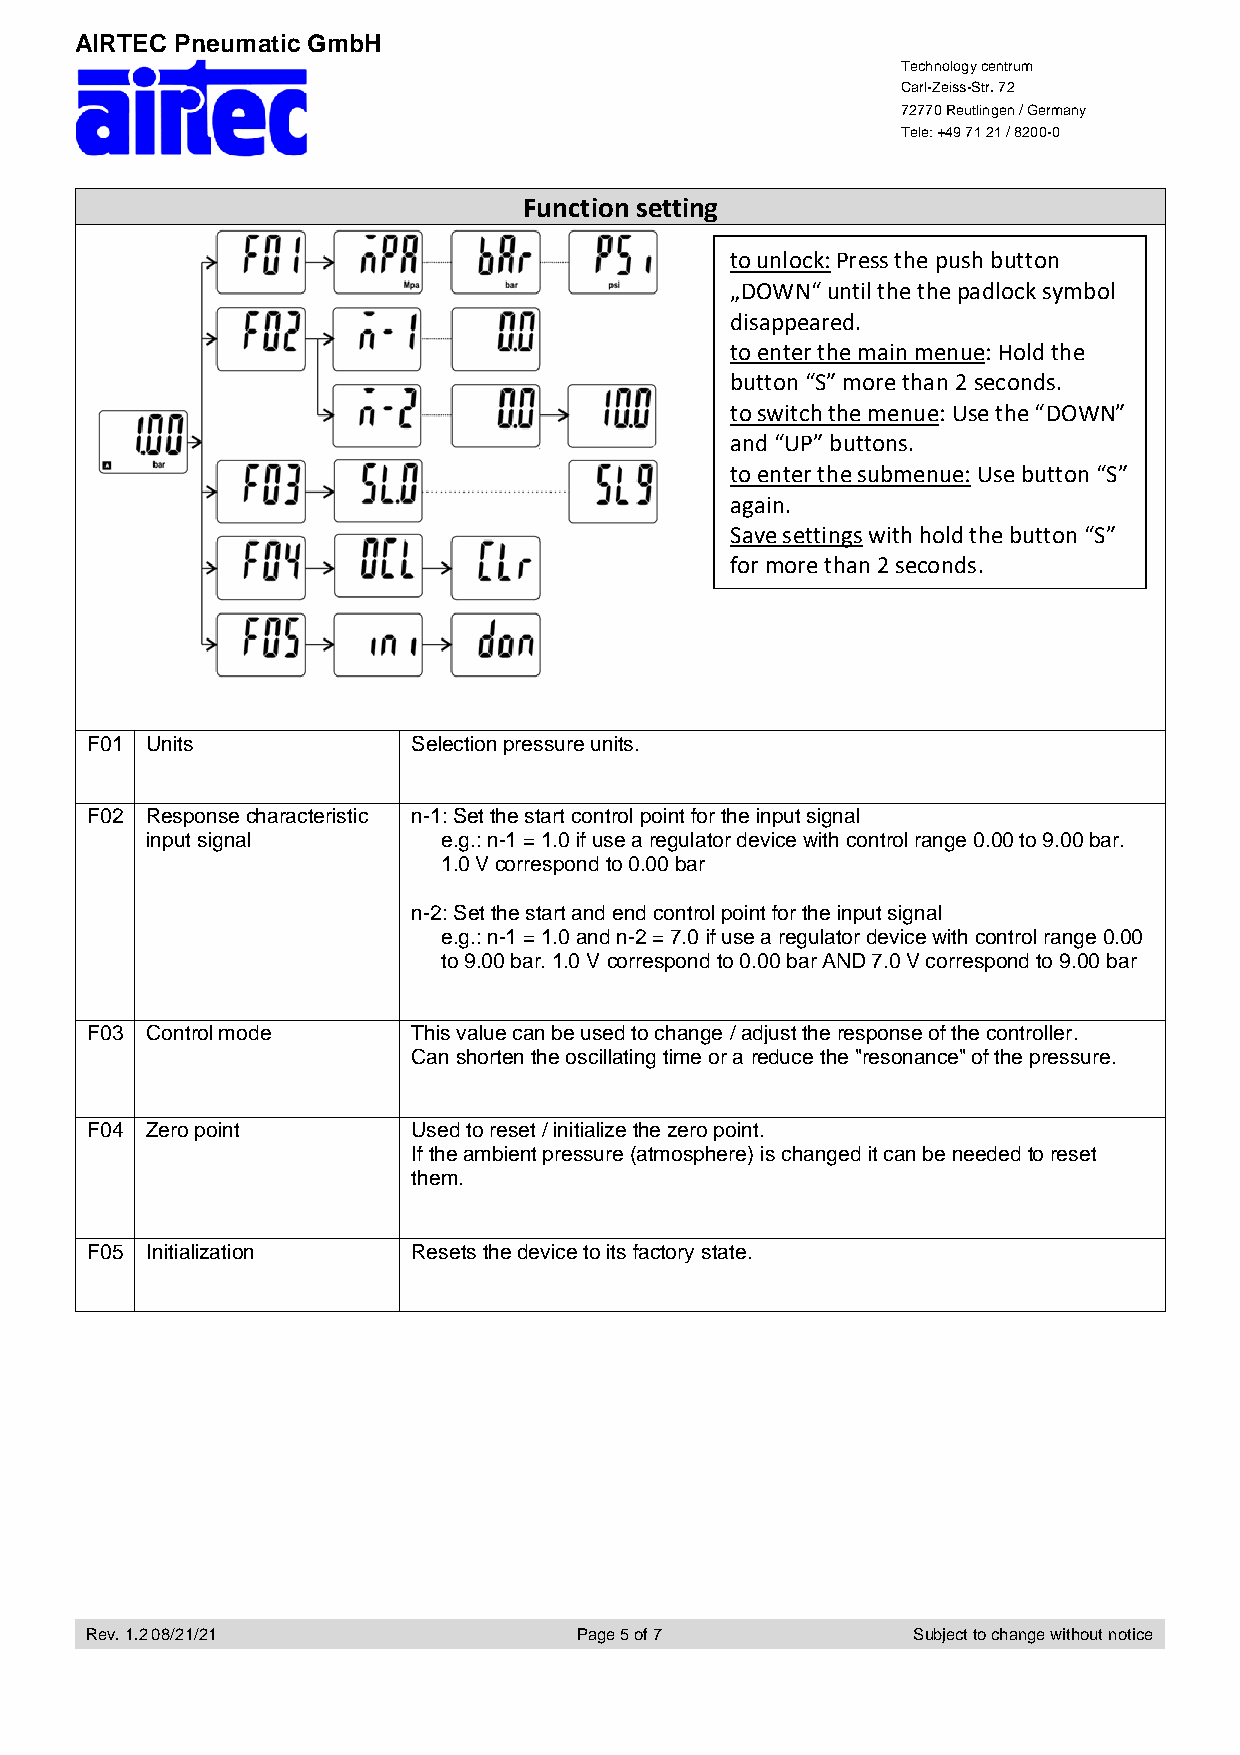
AIRTEC Pneumatic GmbH
 Technology centrum
 Carl-Zeiss-Str. 72
 72770 Reutlingen / Germany
 Tele: +49 71 21 / 8200-0
 Function setting
 to unlock: Press the push button
 „DOWN“ until the the padlock symbol
 disappeared.
 to enter the main menue: Hold the
 button “S” more than 2 seconds.
 to switch the menue: Use the “DOWN”
 and “UP” buttons.
 to enter the submenue: Use button “S”
 again.
 Save settings with hold the button “S”
 for more than 2 seconds.
 F01 Units            Selection pressure units.
 F02 Response characteristic n-1: Set the start control point for the input signal
 input signal       e.g.: n-1 = 1.0 if use a regulator device with control range 0.00 to 9.00 bar.
 1.0 V correspond to 0.00 bar
 n-2: Set the start and end control point for the input signal
 e.g.: n-1 = 1.0 and n-2 = 7.0 if use a regulator device with control range 0.00
 to 9.00 bar. 1.0 V correspond to 0.00 bar AND 7.0 V correspond to 9.00 bar
 F03 Control mode     This value can be used to change / adjust the response of the controller.
 Can shorten the oscillating time or a reduce the "resonance" of the pressure.
 F04 Zero point       Used to reset / initialize the zero point.
 If the ambient pressure (atmosphere) is changed it can be needed to reset
 them.
 F05 Initialization   Resets the device to its factory state.
 Rev. 1.2 08/21/21               Page 5 of 7           Subject to change without notice